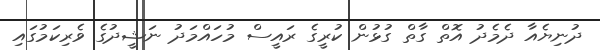
ދުނިޔެއާ ދެމެދު އޮތް ގާތް ގުޅުން ކުރީގެ ރައީސް މުހައްމަދު ނަޝީދުގެ ވެރިކަމުގައި